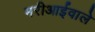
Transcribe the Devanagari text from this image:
मरीआईवाले